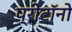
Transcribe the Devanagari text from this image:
प्रोटॉनो